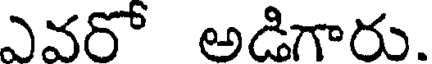
ఎవరో అడిగారు.